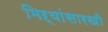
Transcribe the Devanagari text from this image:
मिऱ्यांसारखी